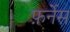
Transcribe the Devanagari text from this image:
फ़र्नेस